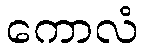
ကောလံ